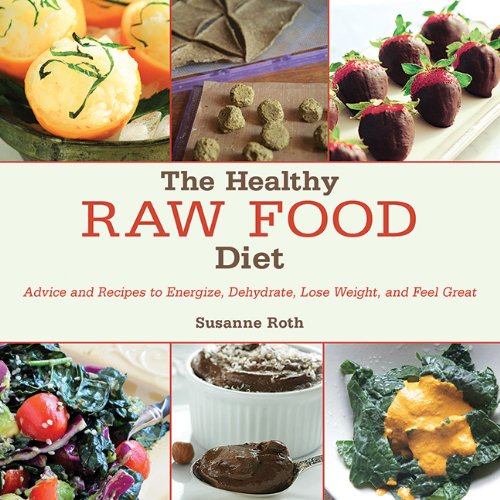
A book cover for The Healthy Raw Food Diet: Advice and Recipes to Energize, Dehydrate, Lose Weight, and Feel Great; Cookbooks, Food & Wine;